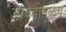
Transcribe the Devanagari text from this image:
आवडीमुळेच